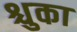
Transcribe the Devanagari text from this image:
श्चुका